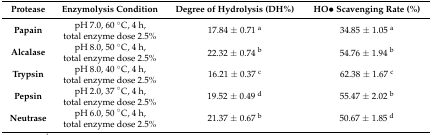
<table><thead><tr><td><b>Protease</b></td><td><b>Enzymolysis Condition</b></td><td><b>Degree of Hydrolysis (DH%)</b></td><td><b>HO• Scavenging Rate (%)</b></td></tr></thead><tbody><tr><td><b>Papain</b></td><td>pH 7.0, 60 °C, 4 h, total enzyme dose 2.5%</td><td>17.84 ± 0.71 <sup>a</sup></td><td>34.85 ± 1.05 <sup>a</sup></td></tr><tr><td><b>Alcalase</b></td><td>pH 8.0, 50 °C, 4 h, total enzyme dose 2.5%</td><td>22.32 ± 0.74 <sup>b</sup></td><td>54.76 ± 1.94 <sup>b</sup></td></tr><tr><td><b>Trypsin</b></td><td>pH 8.0, 40 °C, 4 h, total enzyme dose 2.5%</td><td>16.21 ± 0.37 <sup>c</sup></td><td>62.38 ± 1.67 <sup>c</sup></td></tr><tr><td><b>Pepsin</b></td><td>pH 2.0, 37 °C, 4 h, total enzyme dose 2.5%</td><td>19.52 ± 0.49 <sup>d</sup></td><td>55.47 ± 2.02 <sup>b</sup></td></tr><tr><td><b>Neutrase</b></td><td>pH 6.0, 50 °C, 4 h, total enzyme dose 2.5%</td><td>21.37 ± 0.67 <sup>b</sup></td><td>50.67 ± 1.85 <sup>d</sup></td></tr></tbody></table>